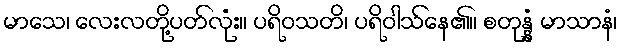
မာသေ၊ လေးလတို့ပတ်လုံး။ ပရိဝသတိ၊ ပရိဝါသ်နေ၏။ စတုန္နံ မာသာနံ၊